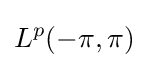
L^{p}(-\pi ,\pi )